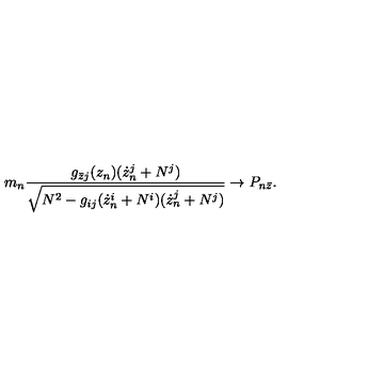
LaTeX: m _ { n } \frac { g _ { \bar { z } j } ( z _ { n } ) ( \dot { z } _ { n } ^ { j } + N ^ { j } ) } { \sqrt { N ^ { 2 } - g _ { i j } ( \dot { z } _ { n } ^ { i } + N ^ { i } ) ( \dot { z } _ { n } ^ { j } + N ^ { j } ) } } \rightarrow P _ { n \bar { z } } .